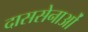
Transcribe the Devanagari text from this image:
दाससेनाओं